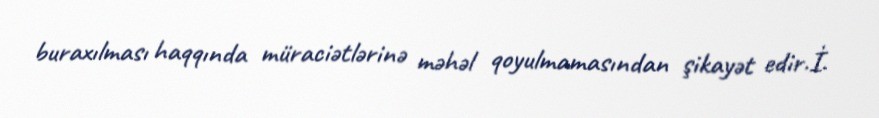
buraxılması haqqında müraciətlərinə məhəl qoyulmamasından şikayət edir.İ.